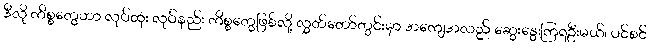
ဒီလို ကိစ္စတွေဟာ လုပ်ထုံး လုပ်နည်း ကိစ္စတွေဖြစ်လို့ လွှတ်တော်တွင်းမှာ အကျေအလည် ဆွေးနွေးကြရဦးမယ်၊ ပင်စင်